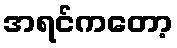
အရင်ကတော့